Scottish Certificate of Education, 1962
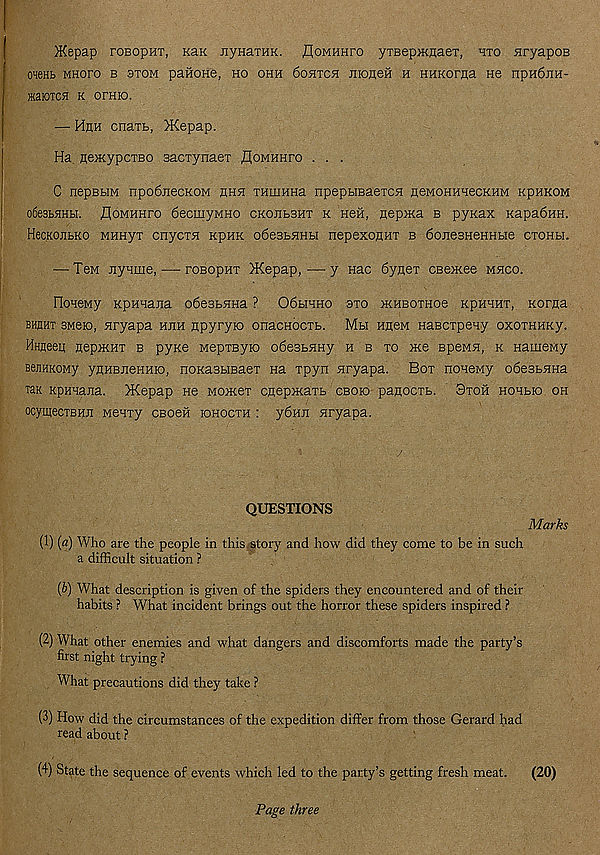
)Kepap rosopHT, kslk jiyHaxHK. floMHHro yTBep>KnaeT, hto nryapoe
OHeHB MHOFO B 3T0M paHOHe, HO OHH 60HTCH JHOfleH H HHKOrna He hph6jih-
HaiOTCH K OTHK).
— Hhh cnaTb, >Kepap.
Ha AencypcTBO BacTynaer floMHHro . . .
C nepBbiM npodiiecKOM ahh THiiiHHa npepUBaeicH AeMOHHHecKHM kphkom
o6e3bHHbi. floMHHro 6ecmyMHO ckohbbht k hgh, Aepnca b pynax Kapa6HH.
HecKOJibKO MHHyx cnycxH kphk o6e3BHHbi nepexoAHx b 6onesHeHHbie cxohli.
— TeM Jiynme, — rosopHX >Kepap, — y nac 6yflex cBexcee mhco.
IIoHeMy KpHnana odestHHa ? 06bihho sxo >KHBoxHoe kphhhx, Korna
bhhht SMeio, Hryapa hjih npyryio onacHocxb. Mbi nneM HaBcxpeny oxoxHHKy.
Hnneep nepjKHX b pyxe MepxByio o6e3bHHy h b xo «e speMH, k Hamewy
BejiHKOMy ynHBjieHHio, noKasbiBaex na xpyn nryapa. Box noneMy o6e3bHHa
Tax KpHHana. >Kepap He mojkcx cnepHtaxb cboio paflooxb. 3xoh hchbio oh
ocymecxBHji Menxy cbobh iohocxh : y6iui nryapa.
QUESTIONS
Marks
(1) [a) Who are the people in this story and how did they come to be in such
a difficult situation ?
(6) What description is given of the spiders they encountered and of their
habits ? What incident brings out the horror these spiders inspired ?
(2) What other enemies and what dangers and discomforts made the party’s
first night trying ?
What precautions did they take ?
(3) How did the circumstances of the expedition differ from those Gerard had
read about ?
(4) State the sequence of events which led to the party’s getting fresh meat.
(20)
Page three